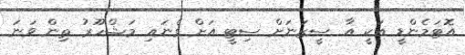
އޮޓަމެންޑީ އަކީ އާ ސީޒަނަށް ސިޓީ އަށް ގެނައި މަޝްހޫރު ތިން ވަނަ